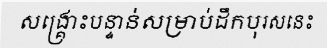
សង្គ្រោះបន្ទាន់សម្រាប់ដឹកបុរសនេះ